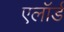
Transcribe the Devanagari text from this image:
एलॉर्ड